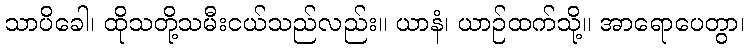
သာပိခေါ၊ ထိုသတို့သမီးငယ်သည်လည်း။ ယာနံ၊ ယာဉ်ထက်သို့။ အာရောပေတွာ၊